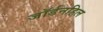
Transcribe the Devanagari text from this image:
जॉर्डनहिल